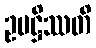
ဥပဋ္ဌိဿတိ